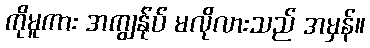
ကိုမူကား အကျွန်ုပ် မလိုလားသည် အမှန်။